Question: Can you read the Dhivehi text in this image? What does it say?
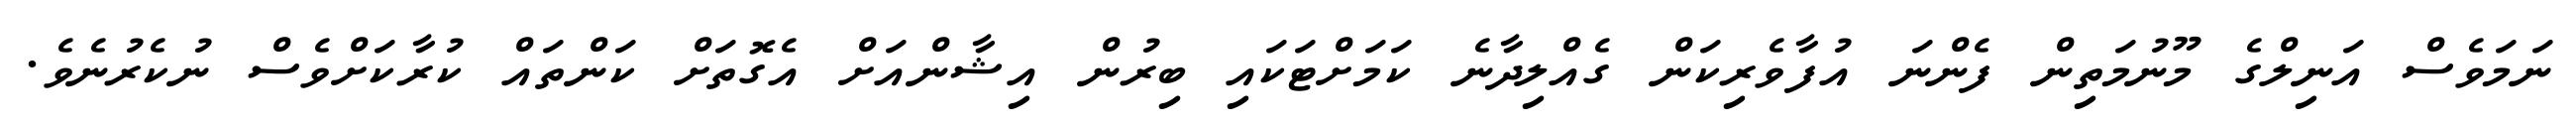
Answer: ނަމަވެސް އަނިލްގެ މޫނުމަތިން ފެންނަ އުފާވެރިކަން ގެއްލިދާނެ ކަމަށްޓަކައި ބިރުން އިޝާންއަށް އެގޮތަށް ކަންތައް ކުރާކަށްވެސް ނުކެރުނެވެ.